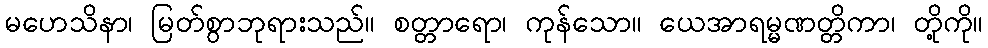
မဟေသိနာ၊ မြတ်စွာဘုရားသည်။ စတ္တာရော၊ ကုန်သော။ ယေအာရမ္မဏတ္တိကာ၊ တို့ကို။